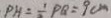
P A = \frac { 1 } { 2 } P Q = 9 c m